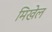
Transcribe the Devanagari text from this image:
मिखेल